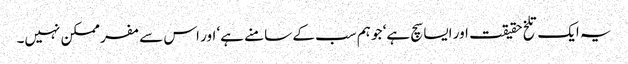
یہ ایک تلخ حقیقت اور ایسا سچ ہے‘ جو ہم سب کے سامنے ہے‘ اور اس سے مفر ممکن نہیں۔